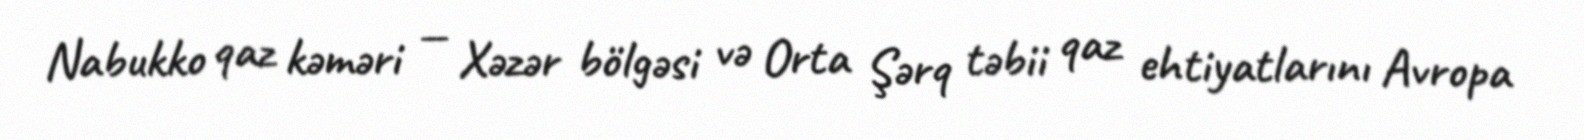
Nabukko qaz kəməri — Xəzər bölgəsi və Orta Şərq təbii qaz ehtiyatlarını Avropa